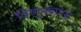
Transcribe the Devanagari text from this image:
विष्णुरूपाय